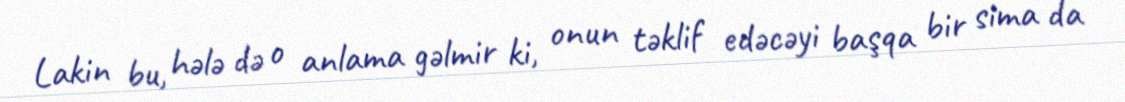
Lakin bu, hələ də o anlama gəlmir ki, onun təklif edəcəyi başqa bir sima da